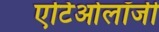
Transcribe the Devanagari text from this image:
एटिओलॉजी